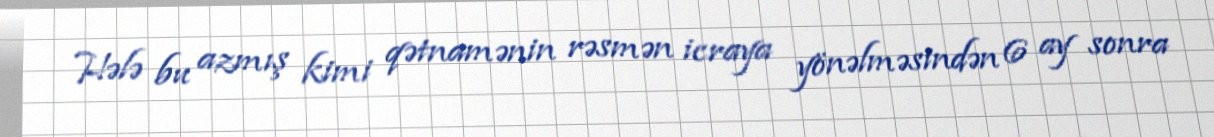
Hələ bu azmış kimi qətnamənin rəsmən icraya yönəlməsindən 6 ay sonra